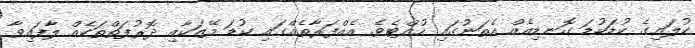
ކުލައިގެ ކުޑަކުޑަ ގޮނޑިއެއް އެތަނުގައި ހުއްޓެވެ. އެއްފަރާތެއްގައި ކުޑަ މޭޒަކާއި ދޮރުފަތްތަކެއް ލާފައިވާ